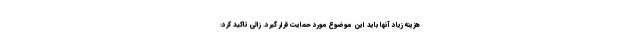
هزینه زیاد آنها باید این موضوع مورد حمایت قرار گیرد. زالی تاکید کرد: